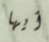
أيها